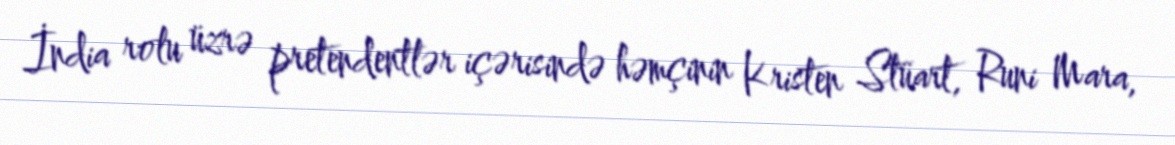
İndia rolu üzrə pretendentlər içərisində həmçinin Kristen Stüart, Runi Mara,